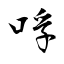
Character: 哹